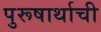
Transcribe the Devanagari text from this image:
पुरूषार्थाची